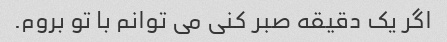
اگر یک دقیقه صبر کنی می توانم با تو بروم.